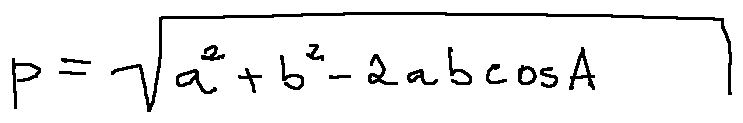
p = \sqrt { a ^ { 2 } + b ^ { 2 } - 2 a b \cos A }